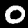
Label: 0